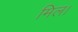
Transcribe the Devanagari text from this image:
मिल।